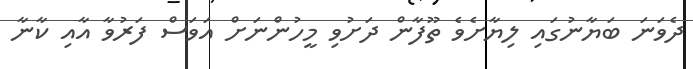
ދެވަނަ ބަޔާނުގައި ލިޔާށެވެ ތޫފާން ދަށުވި މީހުންނަށް އަވަސް ފަރުވާ އާއި ކާނާ